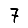
Digit: 7